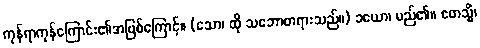
ကုန်ရာကုန်ကြောင်း၏အဖြစ်ကြောင့်။ (သော၊ ထို သဘောတရားသည်။) ခယော၊ မည်၏။ ဧတသ္မိံ၊